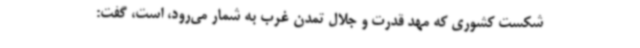
شکست کشوری که مهد قدرت و جلال تمدن غرب به شمار می‌رود، است، گفت: